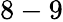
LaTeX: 8-9